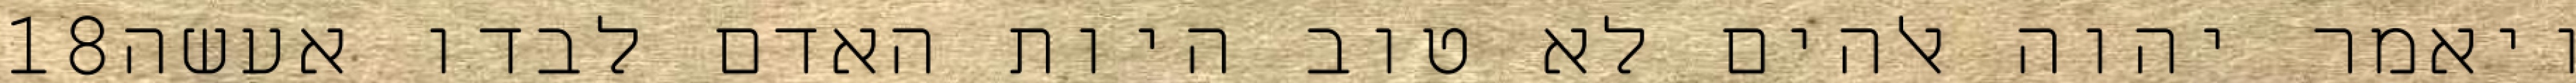
‎18‏ ויאמר יהוה אלהים לא טוב היות האדם לבדו אעשה